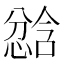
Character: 𫺾